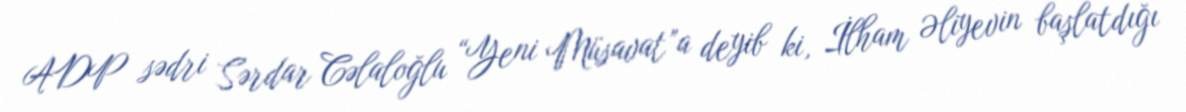
ADP sədri Sərdar Cəlaloğlu “Yeni Müsavat”a deyib ki, İlham Əliyevin başlatdığı